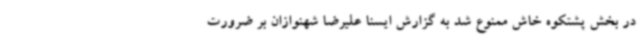
در بخش پشتکوه خاش ممنوع شد به گزارش ایسنا علیرضا شهنوازان بر ضرورت